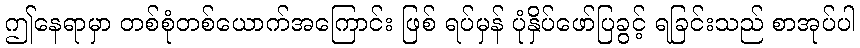
ဤနေရာမှာ တစ်စုံတစ်ယောက်အကြောင်း ဖြစ် ရပ်မှန် ပုံနှိပ်ဖော်ပြခွင့် ရခြင်းသည် စာအုပ်ပါ